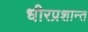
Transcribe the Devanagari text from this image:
धीरप्रशान्त